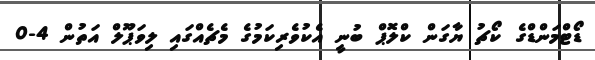
ޑޯޓްމަންޑްގެ ކޯޗު ޔާގަން ކްލޮޕް ބުނީ އެކުވެރިކަމުގެ މެޗެއްގައި ލިވަޕޫލް އަތުން 4-0